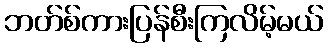
ဘတ်စ်ကားပြန်စီးကြလိမ့်မယ်